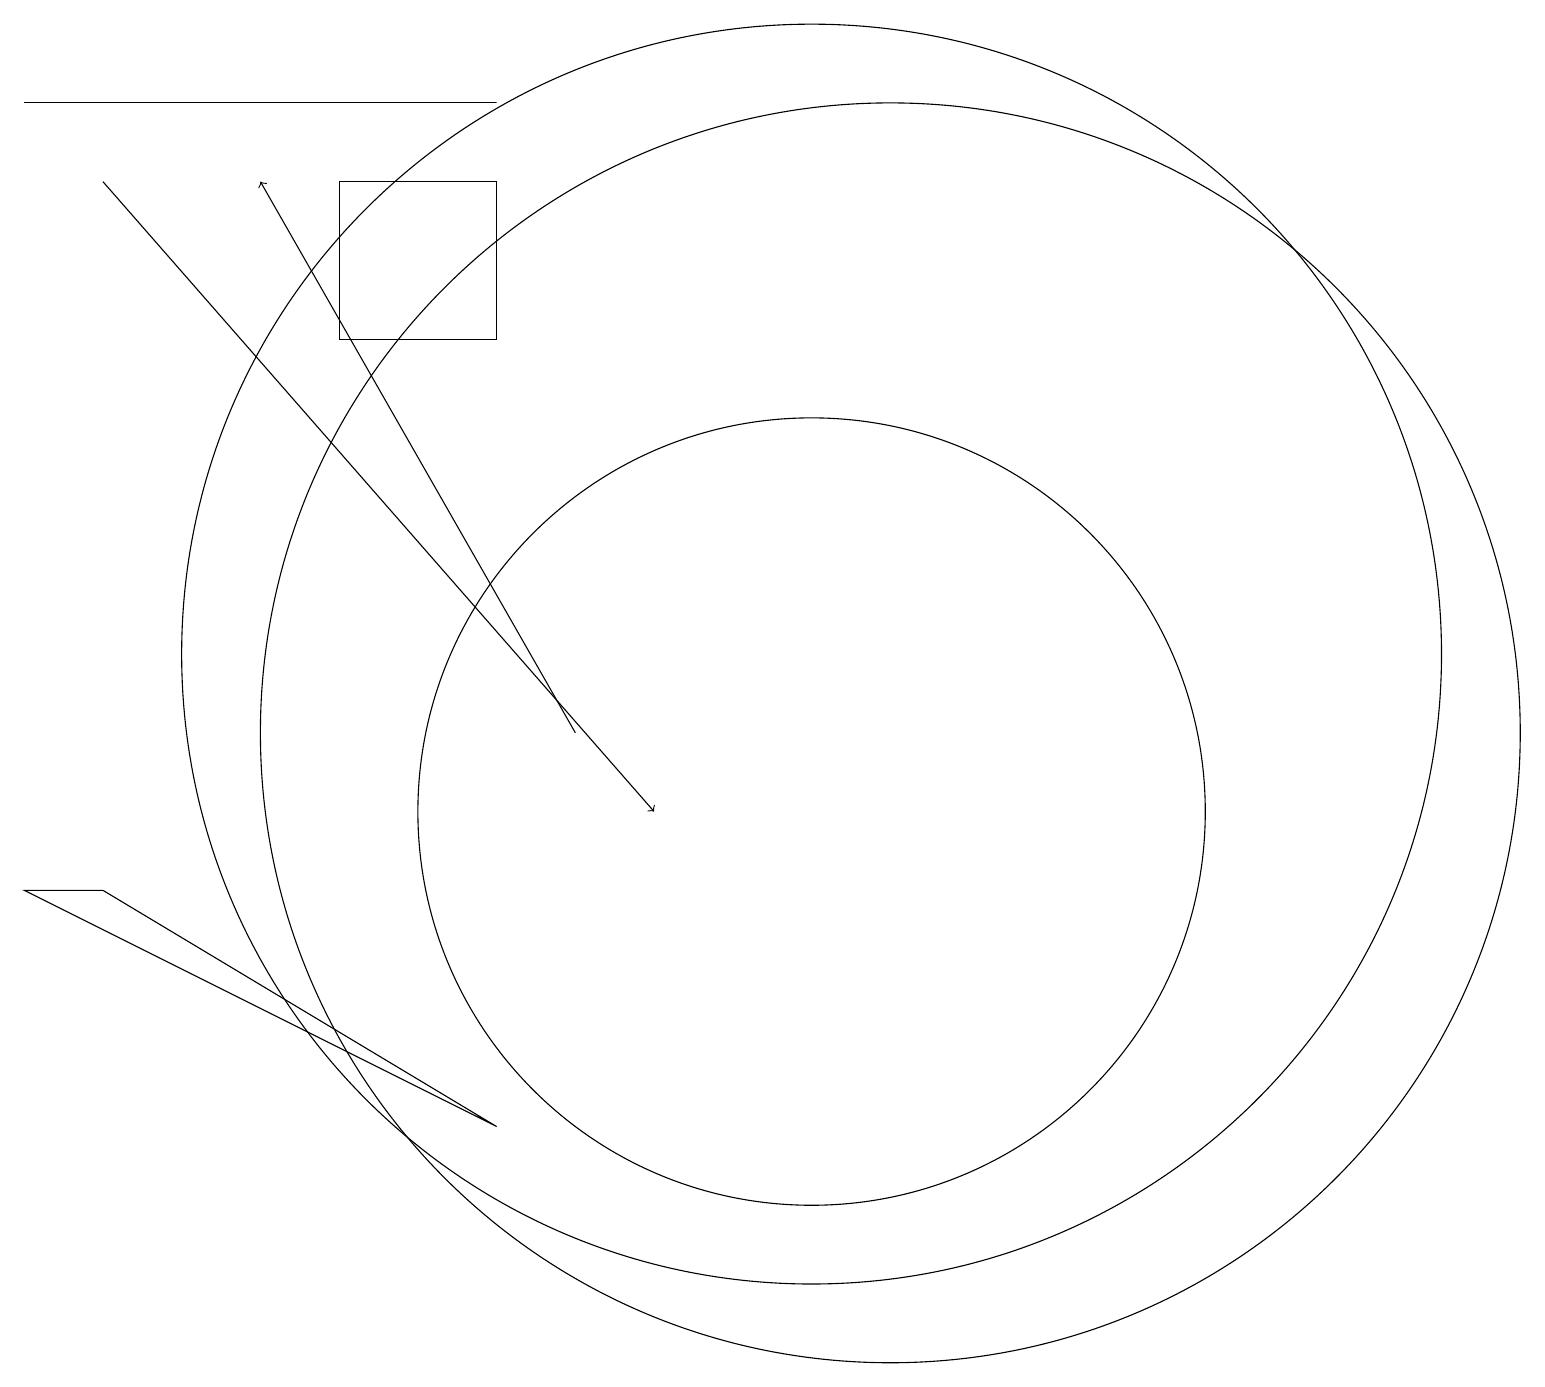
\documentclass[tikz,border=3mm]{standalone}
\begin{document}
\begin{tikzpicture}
\draw[->] (8,11) -- (4,18);
\draw (11,10) circle (5);
\draw (12,11) circle (8);
\draw (1,19) rectangle (7,19);
\draw (7,18) rectangle (5,16);
\draw (11,12) circle (8);
\draw[->] (2,18) -- (9,10);
\draw (1,9) -- (2,9) -- (7,6) -- cycle;
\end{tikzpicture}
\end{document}